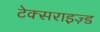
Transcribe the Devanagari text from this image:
टेक्सराइज़्ड